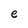
Character: e